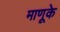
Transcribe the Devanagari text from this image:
माणूके